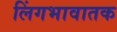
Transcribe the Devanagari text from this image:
लिंगभावातक